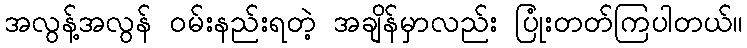
အလွန့်အလွန် ဝမ်းနည်းရတဲ့ အချိန်မှာလည်း ပြုံးတတ်ကြပါတယ်။